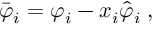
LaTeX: \bar { \varphi } _ { i } = \varphi _ { i } - x _ { i } \hat { \varphi } _ { i } \; ,